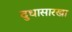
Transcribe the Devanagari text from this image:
दुधासारखा